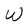
Character: W